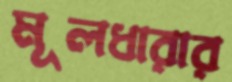
মূলধারার